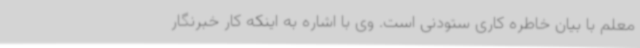
معلم با بیان خاطره کاری ستودنی است. وی با اشاره به اینکه کار خبرنگار